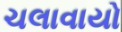
ચલાવાયો